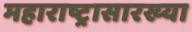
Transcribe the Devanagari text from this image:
महाराष्ट्रासारख्‍या